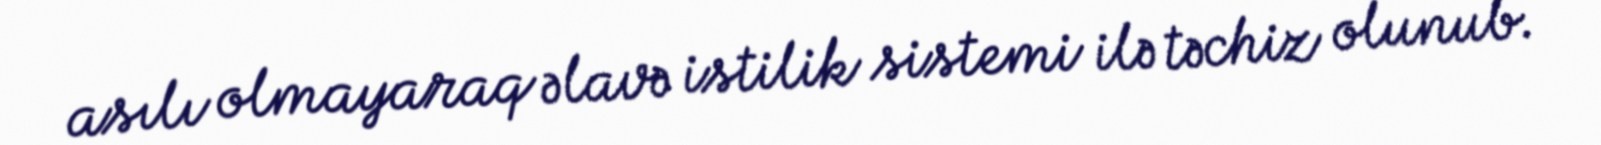
asılı olmayaraq əlavə istilik sistemi ilə təchiz olunub.